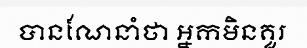
បានណែនាំថា អ្នកមិនគួរ